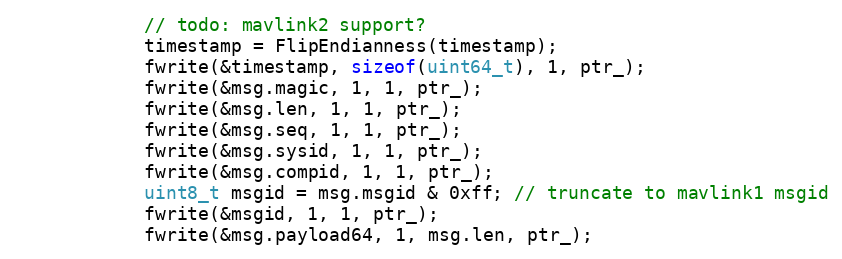
Language: C++
            // todo: mavlink2 support?
            timestamp = FlipEndianness(timestamp);
			fwrite(&timestamp, sizeof(uint64_t), 1, ptr_);
			fwrite(&msg.magic, 1, 1, ptr_);
			fwrite(&msg.len, 1, 1, ptr_);
			fwrite(&msg.seq, 1, 1, ptr_);
			fwrite(&msg.sysid, 1, 1, ptr_);
			fwrite(&msg.compid, 1, 1, ptr_);
            uint8_t msgid = msg.msgid & 0xff; // truncate to mavlink1 msgid
			fwrite(&msgid, 1, 1, ptr_);
			fwrite(&msg.payload64, 1, msg.len, ptr_);